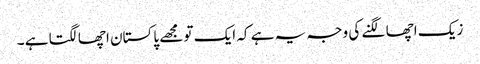
زیک اچھا لگنے کی وجہ یہ ہے کہ ایک تو مجھے پاکستان اچھا لگتا ہے ۔